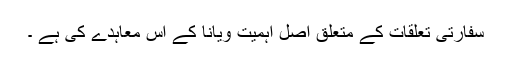
سفارتی تعلقات کے متعلق اصل اہمیت ویانا کے اس معاہدے کی ہے ۔